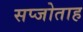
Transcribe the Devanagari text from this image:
सप्जोताह